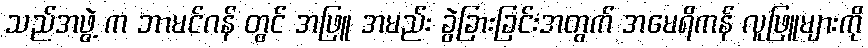
သည်အဖွဲ့ က ဘာမင်ဂန် တွင် အဖြူ အမည်း ခွဲခြားခြင်းအတွက် အမေရိကန် လူဖြူများကို